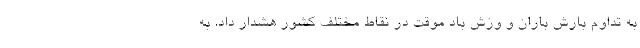
به تداوم بارش باران و وزش باد موقت در نقاط مختلف کشور هشدار داد. به